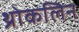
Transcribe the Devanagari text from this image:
थ्रोकलिन